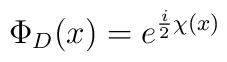
\Phi_D (x) = e^{{i\over 2}\chi(x)}